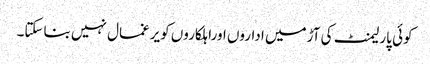
کوئی پارلیمنٹ کی آڑمیں اداروں اوراہلکاروں کویرغمال نہیں بناسکتا۔